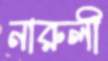
নারুলী